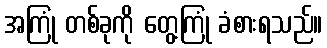
အကြုံ တစ်ခုကို တွေ့ကြုံ ခံစားရသည်။